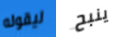
ليقوله ينبح